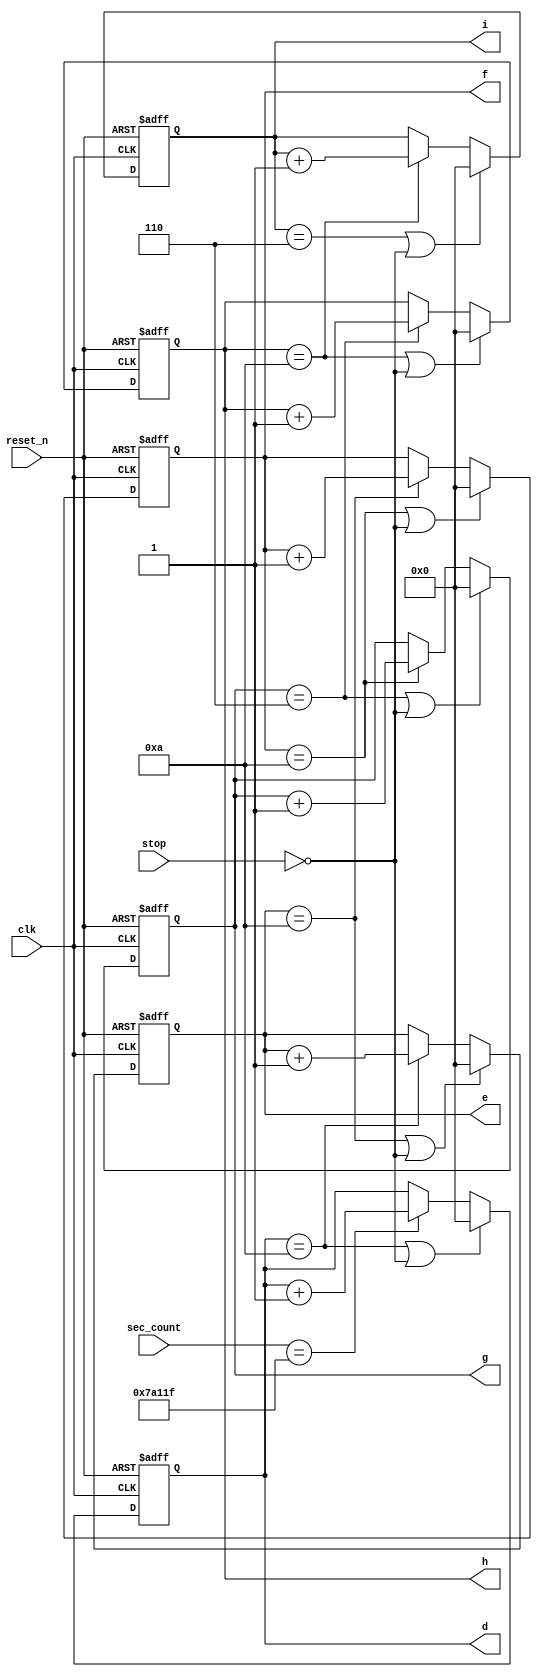
module timer(clk, reset_n, sec_count, stop,
             d, e, f, g ,h, i);
  input clk;
  input reset_n;
  input [18:0] sec_count;
  input stop;
  
  output reg [3:0] d;
  output reg [3:0] e;
  output reg [3:0] f;
  output reg [3:0] g;
  output reg [3:0] h;
  output reg [3:0] i;
  
  always @ (posedge clk or negedge reset_n) begin
    if (~reset_n)
      d <= 4'd0;
    else begin
      if ((d == 4'b1010) || ~stop)
        d <= 4'd0;
      else begin
        if (sec_count == 19'd499_999)
          d <= d + 4'd1;
        else;
      end
    end
  end
  
  always @ (posedge clk or negedge reset_n) begin
    if (~reset_n)
      e <= 4'd0;
    else begin
      if ((e == 4'b1010) || ~stop)
        e <= 4'd0;
      else begin
        if (d == 4'b1010)
          e <= e + 4'd1;
        else;
      end
    end
  end
  
  always @ (posedge clk or negedge reset_n) begin
    if (~reset_n)
      f <= 4'd0;
    else begin
      if ((f == 4'b1010) || ~stop)
        f <= 4'd0;
      else begin
        if (e == 4'b1010)
          f <= f + 4'd1;
        else;
      end
    end
  end
  
  always @ (posedge clk or negedge reset_n) begin
    if (~reset_n)
      g <= 4'd0;
    else begin
      if ((g == 4'b0110) || ~stop)
        g <= 4'd0;
      else begin
        if (f == 4'b1010)
          g <= g + 4'd1;
        else;
      end
    end
  end
  
  always @ (posedge clk or negedge reset_n) begin
    if (~reset_n)
      h <= 4'd0;
    else begin
      if ((h == 4'b1010) || ~stop)
        h <= 4'd0;
      else begin
        if (g == 4'b0110)
          h <= h + 4'd1;
        else;
      end
    end
  end
  
  always @ (posedge clk or negedge reset_n) begin
    if (~reset_n)
      i <= 4'd0;
    else begin
      if ((i == 4'b0110) || ~stop)
        i <= 4'd0;
      else begin
        if (h == 4'b1010)
          i <= i + 4'd1;
        else;
      end
    end
  end
  
endmodule